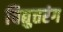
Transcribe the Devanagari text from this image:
विद्युत्तरंग